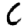
Digit: 6